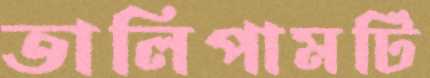
তালিপামটি